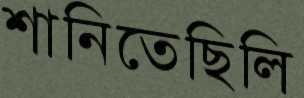
শানিতেছিলি